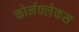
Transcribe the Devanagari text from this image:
कोर्नफ्लेकस